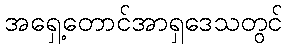
အရှေ့တောင်အာရှဒေသတွင်